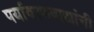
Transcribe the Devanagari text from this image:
पर्यावरणवाद्यांनी